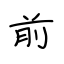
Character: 前